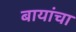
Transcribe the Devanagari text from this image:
बायांचा